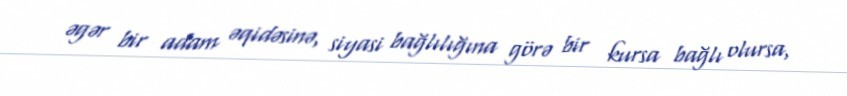
əgər bir adam əqidəsinə, siyasi bağlılığına görə bir kursa bağlı olursa,